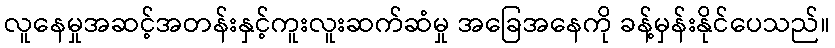
လူနေမှုအဆင့်အတန်းနှင့်ကူးလူးဆက်ဆံမှု အခြေအနေကို ခန့်မှန်းနိုင်ပေသည်။